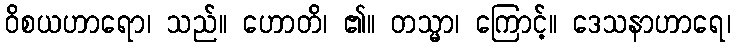
ဝိစယဟာရော၊ သည်။ ဟောတိ၊ ၏။ တသ္မာ၊ ကြောင့်။ ဒေသနာဟာရေ၊